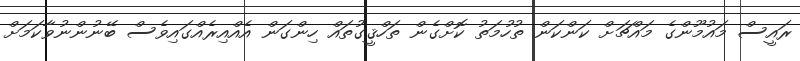
ރައީސް މައުމޫންގެ މައްޗަށް ކަންކަން ތުހުމަތު ކޮށްގެން ތަހްޤީގުތައް ހިންގަން އެއްއިރެއްގައިވެސް ބޭނުންނުވާކަމަށް